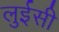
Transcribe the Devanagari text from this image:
लुईसी